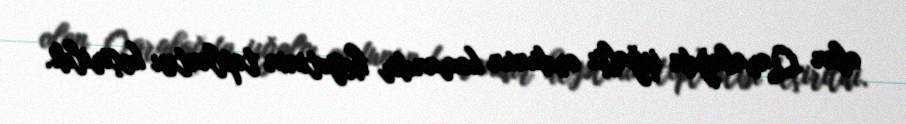
olan Qarabağda işğalçı ordunun komandir heyətinin toplantısı keçirildi.